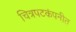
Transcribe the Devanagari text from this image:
चित्रपटकंपनीत